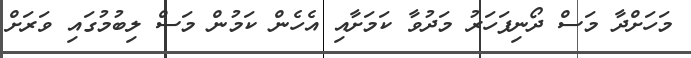
މަހަށްދާ މަސް ދޯނިފަހަރު މަދުވާ ކަމަށާއި އެހެން ކަމުން މަސް ލިބުމުގައި ވަރަށް